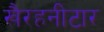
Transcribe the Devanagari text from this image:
खैरहनीटार